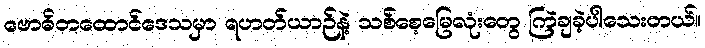
ဗောဓိတထောင်ဒေသမှာ ရဟတ်ယာဉ်နဲ့ သစ်စေ့မြေလုံးတွေ ကြဲချခဲ့ပါသေးတယ်။